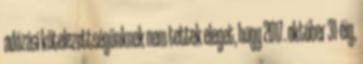
adózási kötelezettségünknek nem tettek eleget, hogy 2017. október 31-éig,